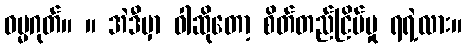
ဓမ္မဂုတ်။ ။ အဲဒီမှာ ဝါဆိုတော့ စိတ်တည်ငြိမ်မှု ရရဲ့လား။